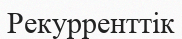
Рекурренттік